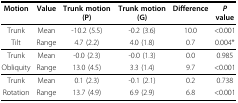
<table><thead><tr><td><b>Motion</b></td><td><b>Value</b></td><td><b>Trunk motion (P)</b></td><td><b>Trunk motion (G)</b></td><td><b>Difference</b></td><td><b><i>P </i>value</b></td></tr></thead><tbody><tr><td>Trunk</td><td>Mean</td><td>-10.2 (5.5)</td><td>-0.2 (3.6)</td><td>10.0</td><td>&lt;0.001</td></tr><tr><td>Tilt</td><td>Range</td><td>4.7 (2.2)</td><td>4.0 (1.8)</td><td>0.7</td><td>0.004*</td></tr><tr><td>Trunk</td><td>Mean</td><td>-0.0 (2.3)</td><td>-0.0 (1.3)</td><td>0.0</td><td>0.985</td></tr><tr><td>Obliquity</td><td>Range</td><td>13.0 (4.5)</td><td>3.3 (1.4)</td><td>9.7</td><td>&lt;0.001</td></tr><tr><td>Trunk</td><td>Mean</td><td>0.1 (2.3)</td><td>-0.1 (2.1)</td><td>0.2</td><td>0.738</td></tr><tr><td>Rotation</td><td>Range</td><td>13.7 (4.9)</td><td>6.9 (2.9)</td><td>6.8</td><td>&lt;0.001</td></tr></tbody></table>